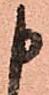
申